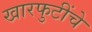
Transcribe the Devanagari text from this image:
खारफुटींचे